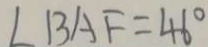
\angle B A F = 4 6 ^ { \circ }